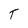
Character: T